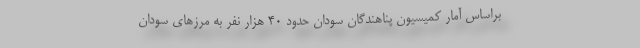
براساس آمار کمیسیون پناهندگان سودان حدود 40 هزار نفر به مرزهای سودان